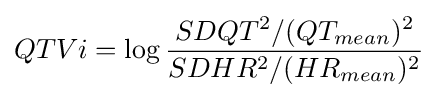
QTVi=\log {\frac {SDQT^{2}/(QT_{mean})^{2}}{SDHR^{2}/(HR_{mean})^{2}}}